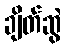
ချိတ်ဆွဲ